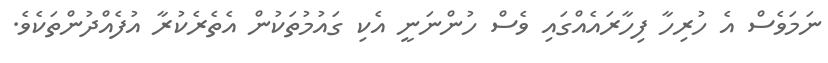
ނަމަވެސް އެ ހުރިހާ ފިހާރައެއްގައި ވެސް ހުންނަނީ އެކި ގައުމުތަކުން އެތެރެކުރާ އުފެއްދުންތަކެވެ.